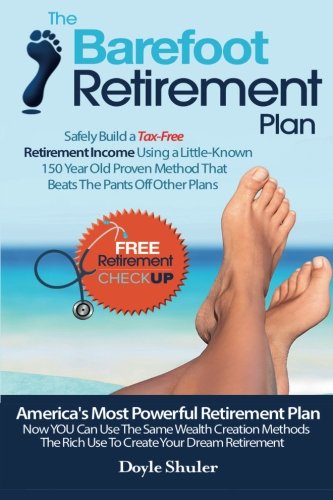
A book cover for The Barefoot Retirement Plan: Safely Build a Tax-Free Retirement Income Using a Little-Known 150 Year Old Proven Retirement Planning Method That Beats The Pants Off Other Plans; Doyle Shuler; Business & Money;